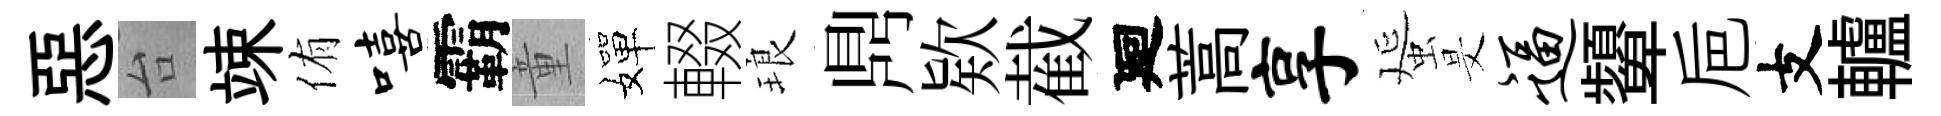
惡台竦侑嘻霸童嬋輟琅𪔂欵截廻蒿享蜑旻逼顰巵支轤